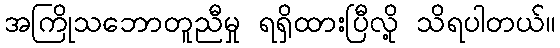
အကြိုသဘောတူညီမှု ရရှိထားပြီလို့ သိရပါတယ်။